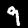
Digit: 9